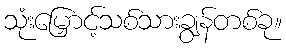
သုံးမြှောင့်သစ်သားချွန်တစ်ခု။